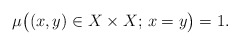
\begin{align*}\mu\big((x,y)\in X\times X;\,x=y\big)=1.\end{align*}